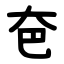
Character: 夿